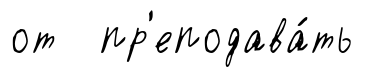
от пр'еподава́ть